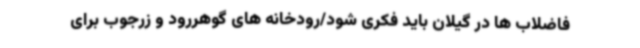
فاضلاب ها در گیلان باید فکری شود/رودخانه های گوهررود و زرجوب برای